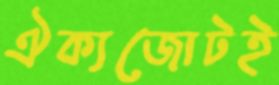
ঐক্যজোটই